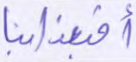
أفبعذابنا